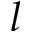
l